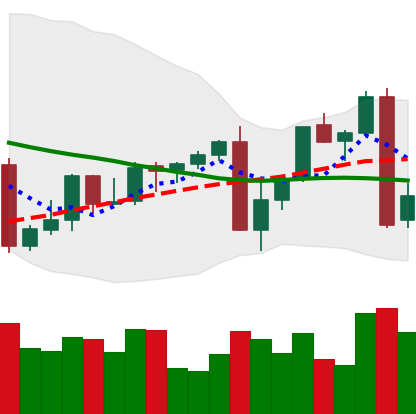
Ticker: XMR-USD
Chart end date: 2022-09-14
Forward return: -6.219%
Label: down_5_7